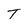
Character: T